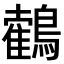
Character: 𪆉